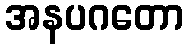
အနပဂတော